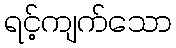
ရင့်ကျက်သော